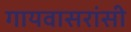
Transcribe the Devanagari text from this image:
गायवासरांसी